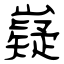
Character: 嶷